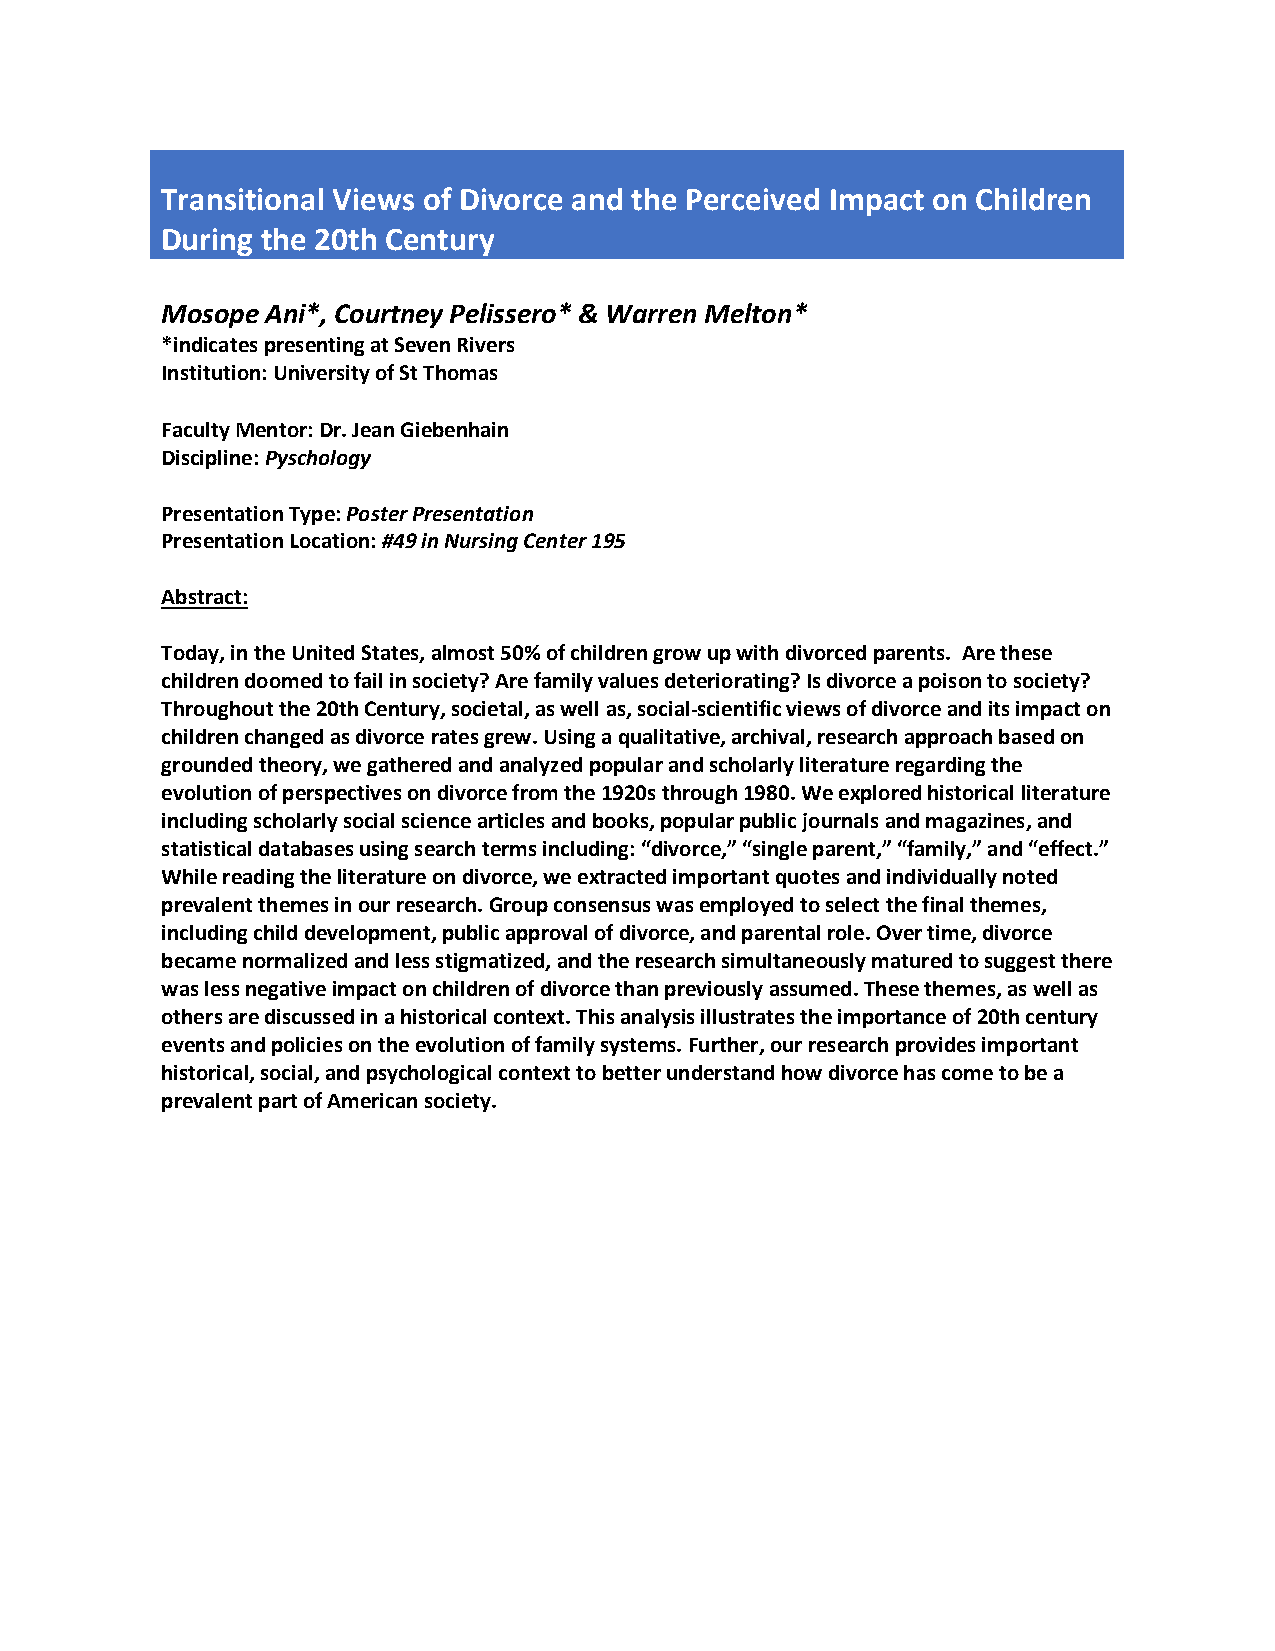
Transitional Views of Divorce and the Perceived Impact on Children
 During the 20th Century
 Mosope Ani*, Courtney Pelissero* & Warren Melton*
 *indicates presenting at Seven Rivers
 Institution: University of St Thomas
 Faculty Mentor: Dr. Jean Giebenhain
 Discipline: Pyschology
 Presentation Type: Poster Presentation
 Presentation Location: #49 in Nursing Center 195
 Abstract:
 Today, in the United States, almost 50% of children grow up with divorced parents. Are these
 children doomed to fail in society? Are family values deteriorating? Is divorce a poison to society?
 Throughout the 20th Century, societal, as well as, social-scientific views of divorce and its impact on
 children changed as divorce rates grew. Using a qualitative, archival, research approach based on
 grounded theory, we gathered and analyzed popular and scholarly literature regarding the
 evolution of perspectives on divorce from the 1920s through 1980. We explored historical literature
 including scholarly social science articles and books, popular public journals and magazines, and
 statistical databases using search terms including: “divorce,” “single parent,” “family,” and “effect.”
 While reading the literature on divorce, we extracted important quotes and individually noted
 prevalent themes in our research. Group consensus was employed to select the final themes,
 including child development, public approval of divorce, and parental role. Over time, divorce
 became normalized and less stigmatized, and the research simultaneously matured to suggest there
 was less negative impact on children of divorce than previously assumed. These themes, as well as
 others are discussed in a historical context. This analysis illustrates the importance of 20th century
 events and policies on the evolution of family systems. Further, our research provides important
 historical, social, and psychological context to better understand how divorce has come to be a
 prevalent part of American society.